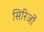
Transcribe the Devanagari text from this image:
सिरिजों